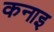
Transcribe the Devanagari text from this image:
कनाइ